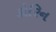
કોરિન